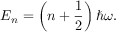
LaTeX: E _ { n } = \left( n + { \frac { 1 } { 2 } } \right) \hbar \omega .